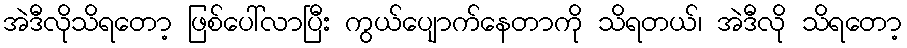
အဲဒီလိုသိရတော့ ဖြစ်ပေါ်လာပြီး ကွယ်ပျောက်နေတာကို သိရတယ်၊ အဲဒီလို သိရတော့